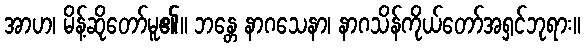
အာဟ၊ မိန့်ဆိုတော်မူ၏။ ဘန္တေ နာဂသေနာ၊ နာဂသိန်ကိုယ်တော်အရှင်ဘုရား။